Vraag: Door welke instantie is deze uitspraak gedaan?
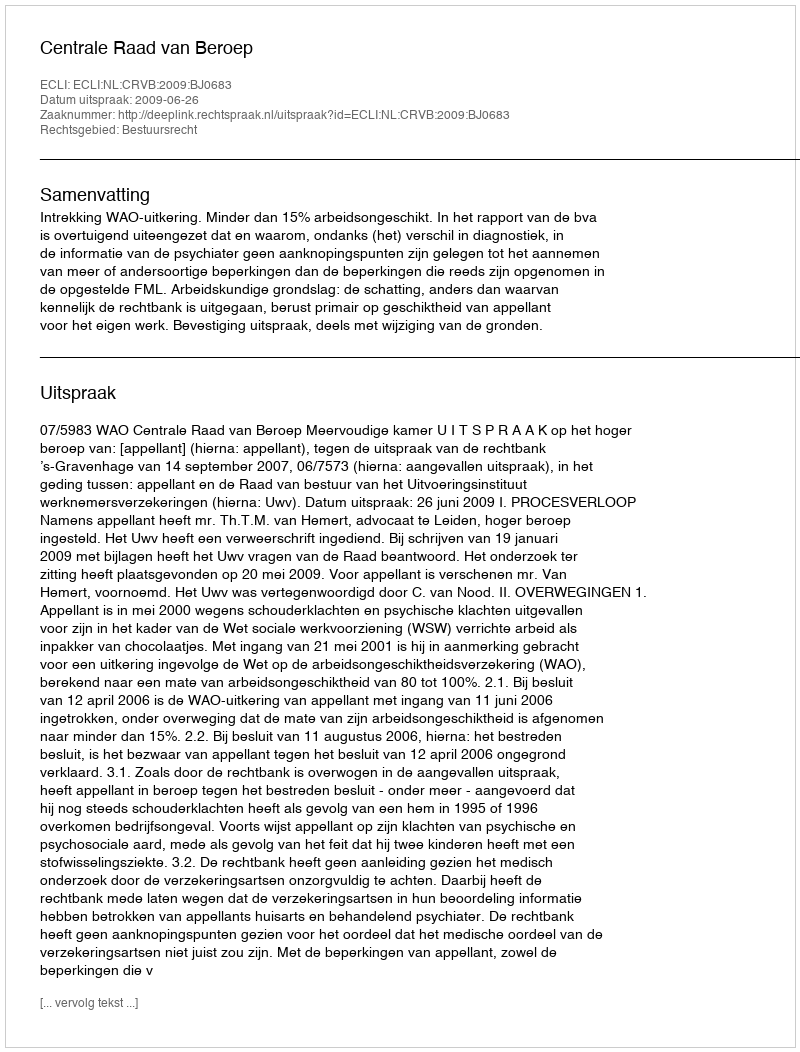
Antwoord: Centrale Raad van Beroep